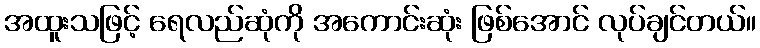
အထူးသဖြင့် ရေလည်ဆုံကို အကောင်းဆုံး ဖြစ်အောင် လုပ်ချင်တယ်။